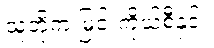
သူတို့က မြင်းကိုယ်စီနှင့်။